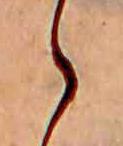
ゝ